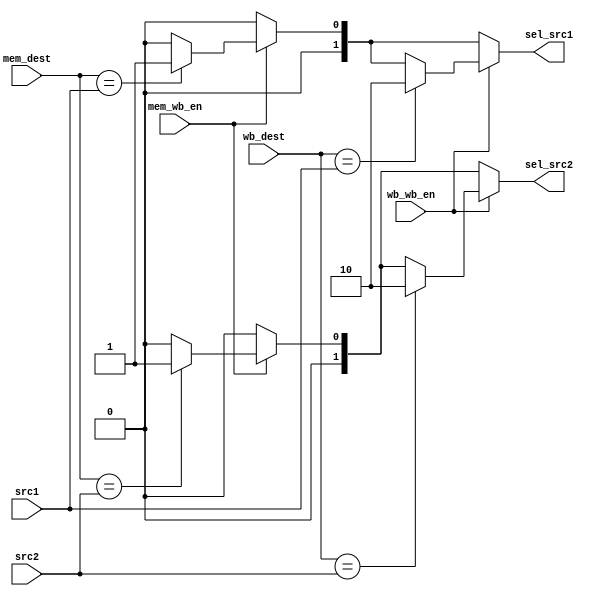
module ForwardingUnit (
  input [3:0] src1, src2, wb_dest, mem_dest,
  input wb_wb_en, mem_wb_en,
  output reg [1:0] sel_src1, sel_src2
  );

	always@(*) begin
		sel_src1 = 2'b00;
		sel_src2 = 2'b00;
    if (mem_wb_en) begin
        if (mem_dest == src1) begin
            sel_src1 = 2'b01;
        end
        
        if (mem_dest == src2) begin
            sel_src2 = 2'b01;
        end
    end
    if (wb_wb_en) begin
        if (wb_dest == src1) begin
            sel_src1 = 2'b10;
        end
        
        if (wb_dest == src2) begin
            sel_src2 = 2'b10;
        end
    end
	end

//   assign sel_src1 = (mem_wb_en && mem_dest == src1) ? 2'b01 :
//                     (wb_wb_en && wb_dest == src1) ? 2'b10 : 2'b00;


//   assign sel_src2 = (mem_wb_en && mem_dest == src2) ? 2'b01 :
//                     (wb_wb_en && wb_dest == src2) ? 2'b10 : 2'b00;



endmodule